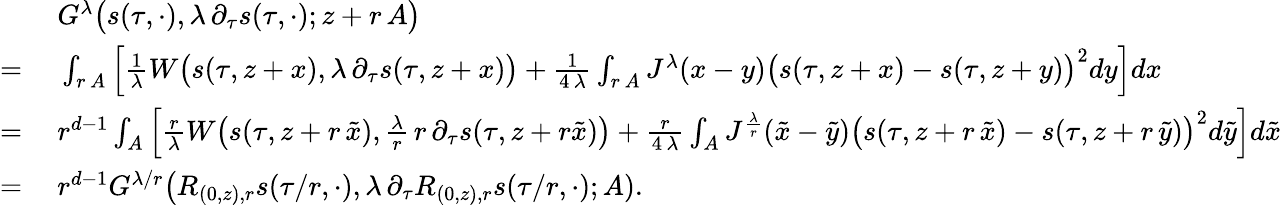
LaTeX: \begin{array}{rl}&{\ G^{\lambda}\big(s(\tau,\cdot),\lambda\, \partial_{\tau}s(\tau,\cdot);z+r\, A\big)}\\ {=}&{\ \int_{r\, A}\Big[\frac{1}{\lambda}W\big(s(\tau,z+x),\lambda\, \partial_{\tau}s(\tau,z+x)\big)+\frac{1}{4\, \lambda}\int_{r\, A}J^{\lambda}(x-y)\big(s(\tau,z+x)-s(\tau,z+y)\big)^{2}dy\Big]dx}\\ {=}&{\ r^{d-1}\int_{A}\Big[\frac{r}{\lambda}W\big(s(\tau,z+r\, \tilde{x}),\frac{\lambda}{r}\, r\, \partial_{\tau}s(\tau,z+r\tilde{x})\big)+\frac{r}{4\, \lambda}\int_{A}J^{\frac{\lambda}{r}}(\tilde{x}-\tilde{y})\big(s(\tau,z+r\, \tilde{x})-s(\tau,z+r\, \tilde{y})\big)^{2}d\tilde{y}\Big]d\tilde{x}}\\ {=}&{\ r^{d-1}G^{\lambda/r}\big(R_{(0,z),r}s(\tau/r,\cdot),\lambda\, \partial_{\tau}R_{(0,z),r}s(\tau/r,\cdot);A).}\end{array}